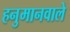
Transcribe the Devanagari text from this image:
हनुमानवाले